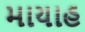
માયાહ